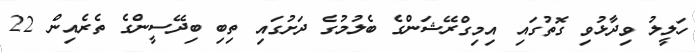
ހަލީލު ވިދާޅުވި ގޮތުގައި އިމިގްރޭޝަންގެ ބެލުމުގެ ދަށުގައި ތިބި ބިދޭސީންގެ ތެރެއިން 22